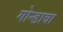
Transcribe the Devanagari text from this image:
गोन्डावा